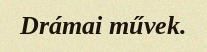
Drámai művek.